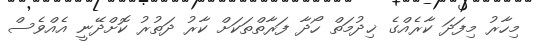
މިހާރު މިފަދަ ކާރެއްގެ ޚިދުމަތް ހޯދާ ފަރާތްތަކަށް ކާރު ދަތުރު ކޮށްދޭނީ އެއްވެސް